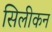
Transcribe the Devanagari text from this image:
सिलीकन